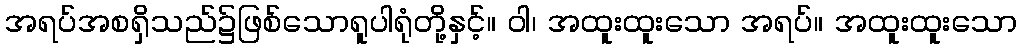
အရပ်အစရှိသည်၌ဖြစ်သောရူပါရုံတို့နှင့်။ ဝါ၊ အထူးထူးသော အရပ်။ အထူးထူးသော